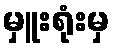
မှူးရုံးမှ